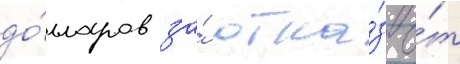
до́лларов за́ отка́з о́т